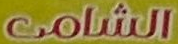
الشامى